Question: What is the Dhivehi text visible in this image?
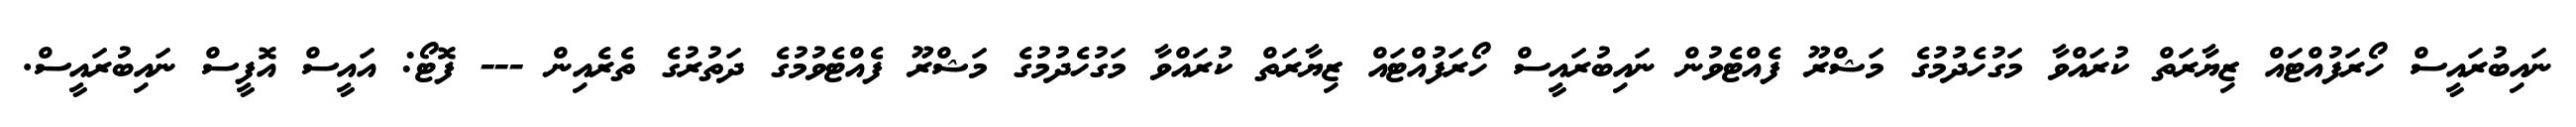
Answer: ނައިބުރައީސް ހޯރަފުއްޓައް ޒިޔާރަތް ކުރައްވާ މަގުހެދުމުގެ މަޝްރޫ ފެއްޓެވުން ނައިބުރައީސް ހޯރަފުއްޓައް ޒިޔާރަތް ކުރައްވާ މަގުހެދުމުގެ މަޝްރޫ ފެއްޓެވުމުގެ ދަތުރުގެ ތެރެއިން --- ފޮޓޯ: އައީސް އޮފީސް ނައިބުރައީސް.